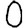
Digit: 0